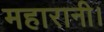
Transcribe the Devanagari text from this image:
महारानी।